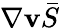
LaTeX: \nabla\boldsymbol{\mathbf{v}}\bar{{S}}